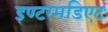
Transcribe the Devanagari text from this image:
इण्टरमडिएट